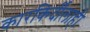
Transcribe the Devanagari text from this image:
कारकिर्दीलाही